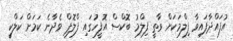
އުފައްދާފައިވާ ފިލްމަކަށް ވާތީ ފިލްމު ބޮކްސް އޮފީހުގައި ފްލޮޕް ވެދާނެ ކަމަށް ކަލްކީ